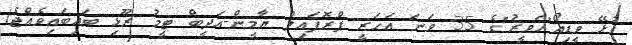
ގުޅޭ ވީޑިއޯ"ހަވީރު"ގެ 35 ވަނަ އަހަރީ ޕްރޮފައިލް ޔާމީން-އަދީބް ޓީމު ރޫޅި ބައިބައިވެއްޖެ!